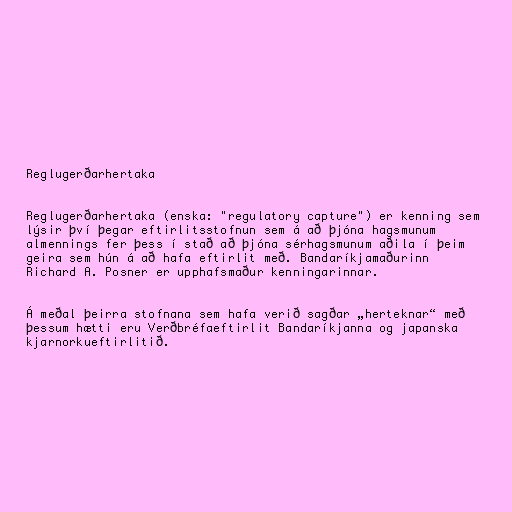
Reglugerðarhertaka

Reglugerðarhertaka (enska: "regulatory capture") er kenning sem
lýsir því þegar eftirlitsstofnun sem á að þjóna hagsmunum
almennings fer þess í stað að þjóna sérhagsmunum aðila í þeim
geira sem hún á að hafa eftirlit með. Bandaríkjamaðurinn
Richard A. Posner er upphafsmaður kenningarinnar.

Á meðal þeirra stofnana sem hafa verið sagðar „herteknar“ með
þessum hætti eru Verðbréfaeftirlit Bandaríkjanna og japanska
kjarnorkueftirlitið.